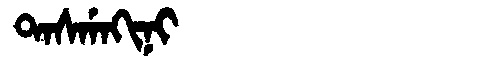
Manchu: ᡨᠠᠰᡤᠠᡴᡳᠨᡳ
Romanization: TASGAKINI